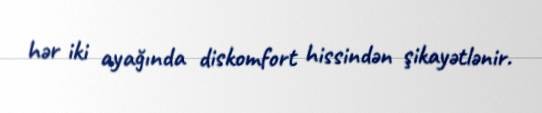
hər iki ayağında diskomfort hissindən şikayətlənir.